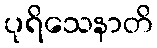
ပုရိသေနာတိ